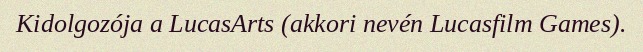
Kidolgozója a LucasArts (akkori nevén Lucasfilm Games).